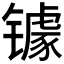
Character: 𮣷